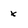
Character: x